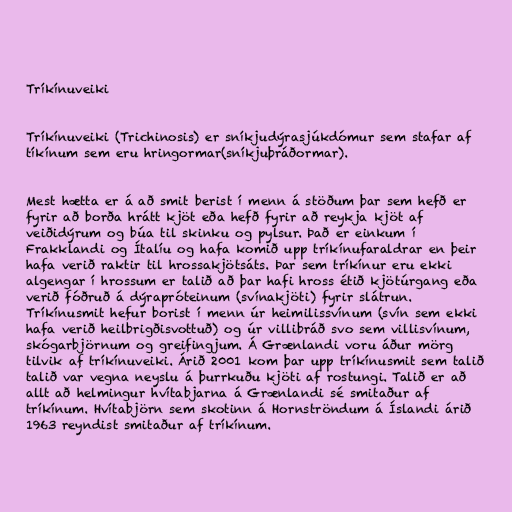
Tríkínuveiki

Tríkínuveiki (Trichinosis) er sníkjudýrasjúkdómur sem stafar af
tíkínum sem eru hringormar(sníkjuþráðormar).

Mest hætta er á að smit berist í menn á stöðum þar sem hefð er
fyrir að borða hrátt kjöt eða hefð fyrir að reykja kjöt af
veiðidýrum og búa til skinku og pylsur. Það er einkum í
Frakklandi og Ítalíu og hafa komið upp tríkínufaraldrar en þeir
hafa verið raktir til hrossakjötsáts. Þar sem tríkínur eru ekki
algengar í hrossum er talið að þar hafi hross étið kjötúrgang eða
verið fóðruð á dýrapróteinum (svínakjöti) fyrir slátrun.
Tríkínusmit hefur borist í menn úr heimilissvínum (svín sem ekki
hafa verið heilbrigðisvottuð) og úr villibráð svo sem villisvínum,
skógarbjörnum og greifingjum. Á Grænlandi voru áður mörg
tilvik af tríkínuveiki. Árið 2001 kom þar upp tríkínusmit sem talið
talið var vegna neyslu á þurrkuðu kjöti af rostungi. Talið er að
allt að helmingur hvítabjarna á Grænlandi sé smitaður af
tríkínum. Hvítabjörn sem skotinn á Hornströndum á Íslandi árið
1963 reyndist smitaður af tríkínum.